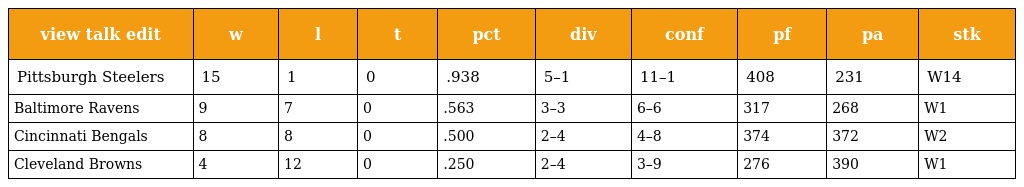
| view talk edit | w | l | t | pct | div | conf | pf | pa | stk |
 | --- | --- | --- | --- | --- | --- | --- | --- | --- | --- |
 | Pittsburgh Steelers | 15 | 1 | 0 | .938 | 5–1 | 11–1 | 408 | 231 | W14 |
 | Baltimore Ravens | 9 | 7 | 0 | .563 | 3–3 | 6–6 | 317 | 268 | W1 |
 | Cincinnati Bengals | 8 | 8 | 0 | .500 | 2–4 | 4–8 | 374 | 372 | W2 |
 | Cleveland Browns | 4 | 12 | 0 | .250 | 2–4 | 3–9 | 276 | 390 | W1 |